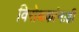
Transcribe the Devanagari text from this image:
विरोधकांनाही